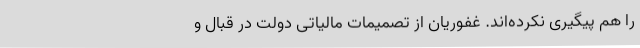
را هم پیگیری نکرده‌اند. غفوریان از تصمیمات مالیاتی دولت در قبال و